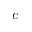
\textit { c }